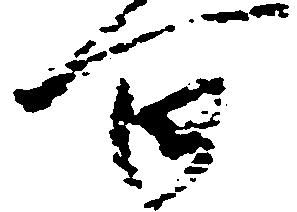
百